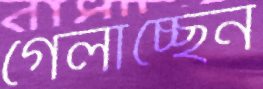
গেলাচ্ছেন